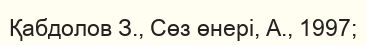
Қабдолов З., Сөз өнері, А., 1997;